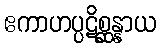
ဧကာဟပ္ပဋိစ္ဆန္နာယ